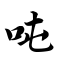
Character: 吨